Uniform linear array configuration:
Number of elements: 4
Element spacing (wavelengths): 0.5
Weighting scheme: cosine
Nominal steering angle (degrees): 30
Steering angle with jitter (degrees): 31.519
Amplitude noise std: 0.05
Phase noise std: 0.05

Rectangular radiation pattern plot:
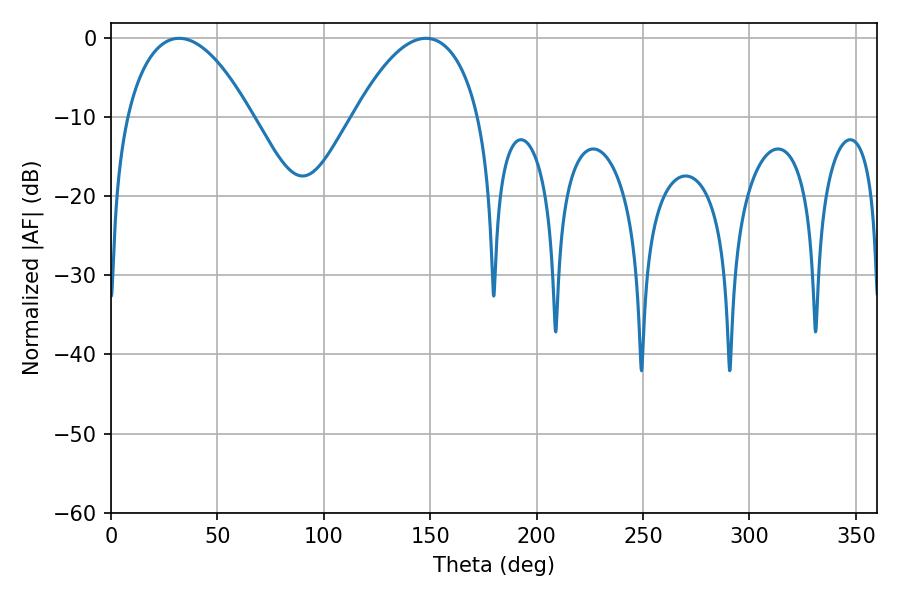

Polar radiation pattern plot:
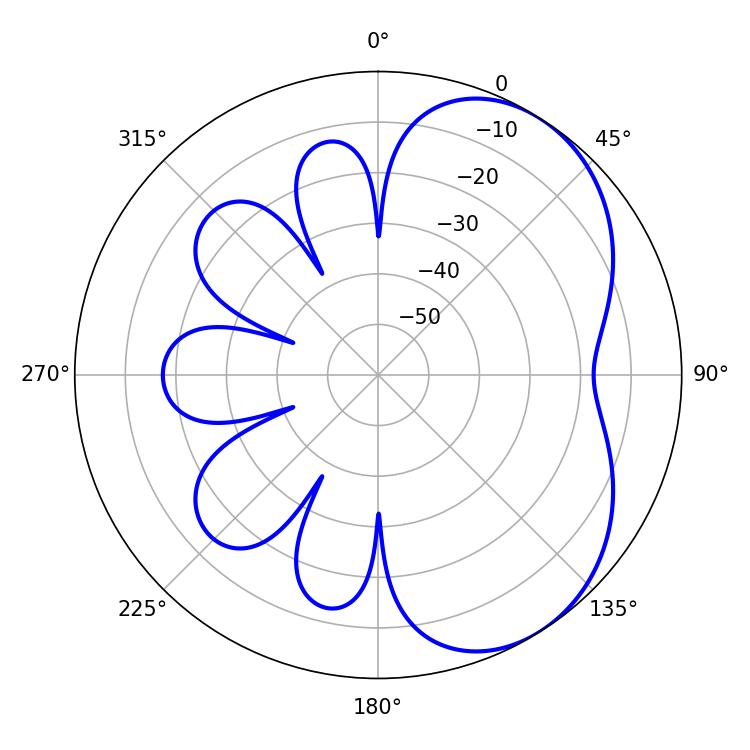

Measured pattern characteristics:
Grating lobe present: FALSE
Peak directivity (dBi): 4.81
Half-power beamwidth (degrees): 32.94
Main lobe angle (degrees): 32.04